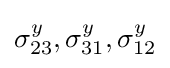
\sigma _{23}^{y},\sigma _{31}^{y},\sigma _{12}^{y}